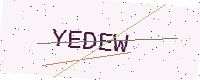
Text: YEDEW